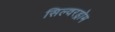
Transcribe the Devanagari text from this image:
सिल्वरड्रोम